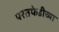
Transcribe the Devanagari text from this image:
परतफेडीच्या